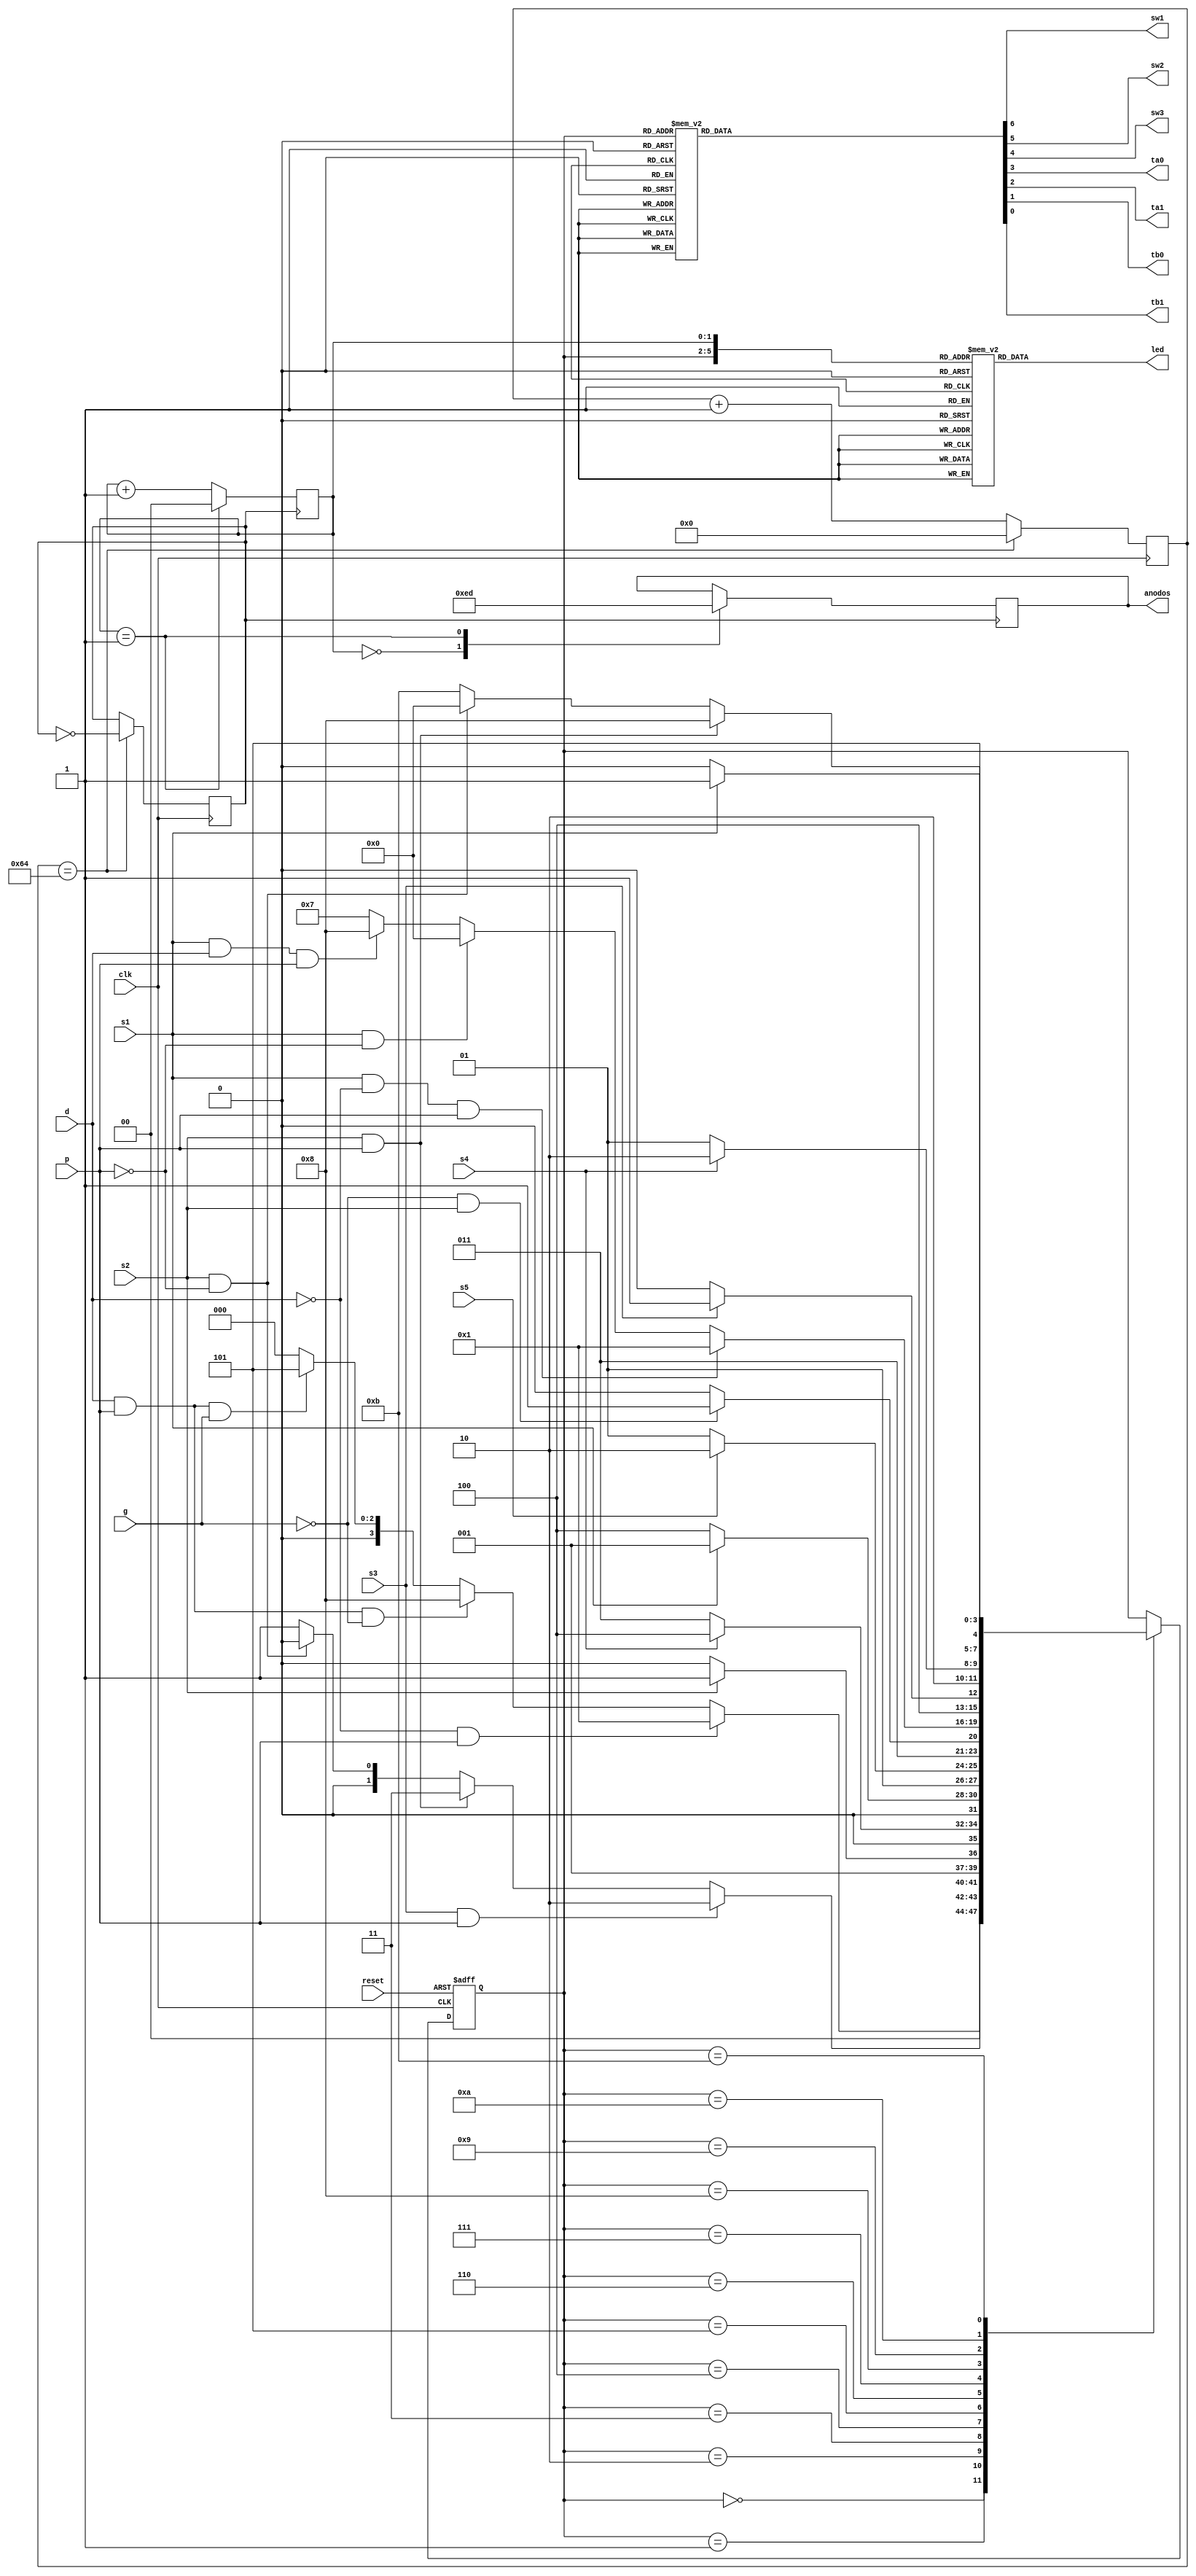
`timescale 1ns / 1ps

module fsm(

input clk, s1, s2, s3, s4, s5, reset, p, d, g, // p =1 avance, p=0 parado; d = 0 antihorario, d=1 horario;
output reg sw1, sw2, sw3, ta0, ta1, tb0, tb1,

output reg [3:0] anodos,
output reg [6:0] led

);

parameter frecuencia = 1000000;
parameter freq_out = 5000;
parameter max_count = frecuencia/(2 * freq_out);

reg [3:0] estado;

reg [10:0] count;
reg clk_out;
reg [1:0] sel;

initial begin
	count = 0;
	clk_out = 0;
	sel = 0;
	estado = 0;
	led = 0;
	anodos = 0;
end

parameter e0=0, e1=1, e2=2, e3=3, e4=4, e5=5, e6=6, e7=7, e8=8, e9=9, e10=10, e11=11;

always @ (estado)
     begin
          case (estado)
               e0:
                  {sw1, sw2, sw3, ta0, ta1, tb0, tb1} = 7'b1100000;
               e1:
                  {sw1, sw2, sw3, ta0, ta1, tb0, tb1} = 7'b1100010;
               e2:
                  {sw1, sw2, sw3, ta0, ta1, tb0, tb1} = 7'b0001010;
               e3:
                  {sw1, sw2, sw3, ta0, ta1, tb0, tb1} = 7'b0001000;
               e4:
                  {sw1, sw2, sw3, ta0, ta1, tb0, tb1} = 7'b1101010;
               e5:
                  {sw1, sw2, sw3, ta0, ta1, tb0, tb1} = 7'b1110100;
               e6:
                  {sw1, sw2, sw3, ta0, ta1, tb0, tb1} = 7'b1110001;
               e7:
                  {sw1, sw2, sw3, ta0, ta1, tb0, tb1} = 7'b1111000;
               e8:
                  {sw1, sw2, sw3, ta0, ta1, tb0, tb1} = 7'b1100101;
               e9:
                  {sw1, sw2, sw3, ta0, ta1, tb0, tb1} = 7'b1100100;
               e10:
                  {sw1, sw2, sw3, ta0, ta1, tb0, tb1} = 7'b0000100;
               e11:
                  {sw1, sw2, sw3, ta0, ta1, tb0, tb1} = 7'b1100001;
					default:
						{sw1, sw2, sw3, ta0, ta1, tb0, tb1} = 7'b1100000;
          endcase
     end

always @(posedge clk, negedge reset)
begin
	if (reset == 0)
		estado <= e0;
	else
	begin
		case (estado)

		e0:
			if (d == 0 && p == 1) //Antihorario
				estado <= e1;
			else if (d == 1 && p == 1 && g == 0) //Horario
				estado <= e8;
			else if (d == 1 && p == 1 && g == 1) //Guardar
				estado <= e5;
			else
				estado <= e0;
		e1:
			if (s3 == 1 && p == 1)
				estado <= e2;
			else if (s2 == 1 && p == 1)
				estado <= e3;
			else if (s2 == 1 && p == 0)
				estado <= e0;
			else
				estado <= e1;
		e2:
			if (s2 == 1)
				estado <= e3;
			else
				estado <= e2;
		e3:
			if (s4 == 1)
				estado <= e4;
			else
				estado <= e3;
		e4:
			if (s1 == 1)
				estado <= e1;
			else
				estado <= e4;
		e5:
			if (s5 == 1)
				estado <= e6;
			else
				estado <= e5;
		e6:
			if (g == 0 && s2 == 1)
				estado <= e7;
			else
				estado <= e6; // g == 1
		e7:
			if (s1 == 1 && d == 0 && p == 1)
				estado <= e1;
			else if (s1 == 1 && p == 0)
				estado <= e0;
			else if (s1 == 1 && d == 1 && p == 1)
				estado <= e8;
			else
				estado <= e7;
		e8:
			if (s3 == 1)
				estado <= e9;
			else
				estado <= e8;
		e9:
			if (s4 == 1)
				estado <= e10;
			else
				estado <= e9;
		e10:
			if (s1 == 1)
				estado <= e11;
			else
				estado <= e10;
		e11:
			if (s2 == 1 && p == 1)
				estado <= e8;
			else if (s2 == 1 && p == 0)
				estado <= e0;
			else
				estado <= e11;
		endcase
		end
end

always @ (posedge clk) //divisior de frecuencia
begin
	if (count == max_count)
		begin
			clk_out = ~clk_out;
			count = 0;
		end
		else
			count = count + 1;
end

always @ (posedge clk_out) //
begin
	if (sel == 1)
		sel <= 0;
	else
		sel <= sel + 1;
end

always @(posedge clk_out) //conmuta transistores
	case (sel)
		2'b00 : anodos <= 4'b1110;
		2'b01 : anodos <= 4'b1101;
	endcase


always @(*)
	begin
		case({estado, sel})
		6'b0000_00: led <= 7'b1001111; //trenA s1
		6'b0000_01: led <= 7'b0010010; //trenB s2

		6'b0001_00: led <= 7'b1001111; //trenA s1
		6'b0001_01: led <= 7'b1100000; //trenB mov

		6'b0010_00: led <= 7'b0001000; //trenA mov
		6'b0010_01: led <= 7'b1100000; //trenB mov

		6'b0011_00: led <= 7'b0001000; //trenA mov
		6'b0011_01: led <= 7'b0010010; //trenB s2

		6'b0100_00: led <= 7'b0001000; //trenA mov
		6'b0100_01: led <= 7'b1100000; //trenB mov

		6'b0101_00: led <= 7'b0001000; //trenA mov
		6'b0101_01: led <= 7'b0010010; //trenB s2

		6'b0110_00: led <= 7'b0100100; //trenA s5
		6'b0110_01: led <= 7'b1100000; //trenB mov

		6'b0111_00: led <= 7'b0001000; //trenA mov
		6'b0111_01: led <= 7'b0010010; //trenB s2

		6'b1000_00: led <= 7'b0001000; //trenA mov
		6'b1000_01: led <= 7'b1100000; //trenB mov

		6'b1001_00: led <= 7'b0001000; //trenA mov
		6'b1001_01: led <= 7'b0000110; //trenB s3

		6'b1010_00: led <= 7'b0001000; //trenA mov
		6'b1010_01: led <= 7'b0000110; //trenB s3

		6'b1011_00: led <= 7'b1001111; //trenA s1
		6'b1011_01: led <= 7'b1100000; //trenB mov
		default: led <= 7'b1111111;

	endcase 
	end 
endmodule